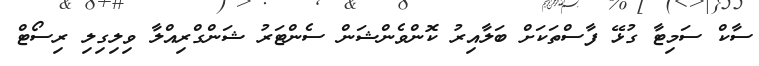
ސާކް ސަމިޓާ ގުޅޭ ފާސްތަކަށް ބަލާއިރު ކޮންވެންޝަން ސެންޓަރު ޝަންގްރިއްލާ ވިލިގިލި ރިސޯޓް